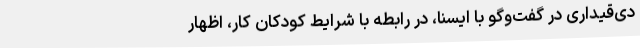
دی‌قیداری در گفت‌وگو با ایسنا، در رابطه با شرایط کودکان ‌کار، اظهار